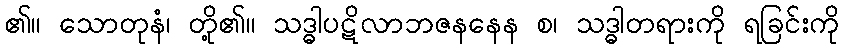
၏။ သောတုနံ၊ တို့၏။ သဒ္ဓါပဋိလာဘဇနနေန စ၊ သဒ္ဓါတရားကို ရခြင်းကို